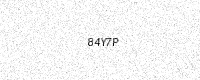
Text: 84Y7P